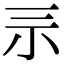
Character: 𡭚